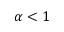
\alpha < 1